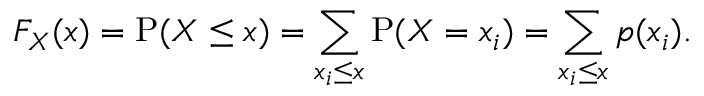
F _ { X } ( x ) = \operatorname { P } ( X \leq x ) = \sum _ { x _ { i } \leq x } \operatorname { P } ( X = x _ { i } ) = \sum _ { x _ { i } \leq x } p ( x _ { i } ) .